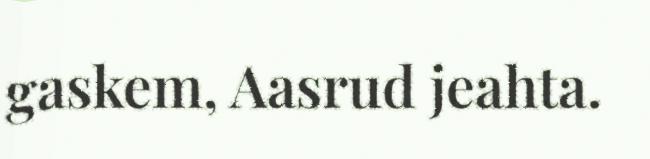
gaskem, Aasrud jeahta.